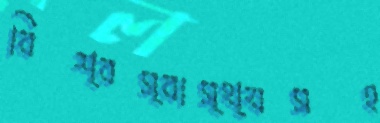
বিশ্বস্বাস্থ্যসহ